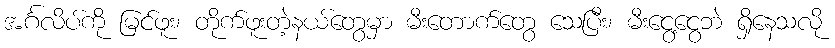
အင်္ဂလိပ်ကို မြင်ဖူး၊ တိုက်ဖူးတဲ့နယ်တွေမှာ မီးတောက်တွေ သေပြီး၊ မီးငွေ့ငွေဘဲ ရှိနေသလို